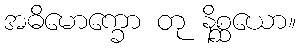
အဓိမောက္ခော တု နိစ္ဆယော။